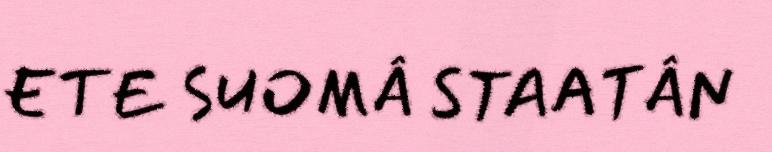
ETE SUOMÂ STAATÂN